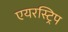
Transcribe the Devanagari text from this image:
एयरस्ट्रिप